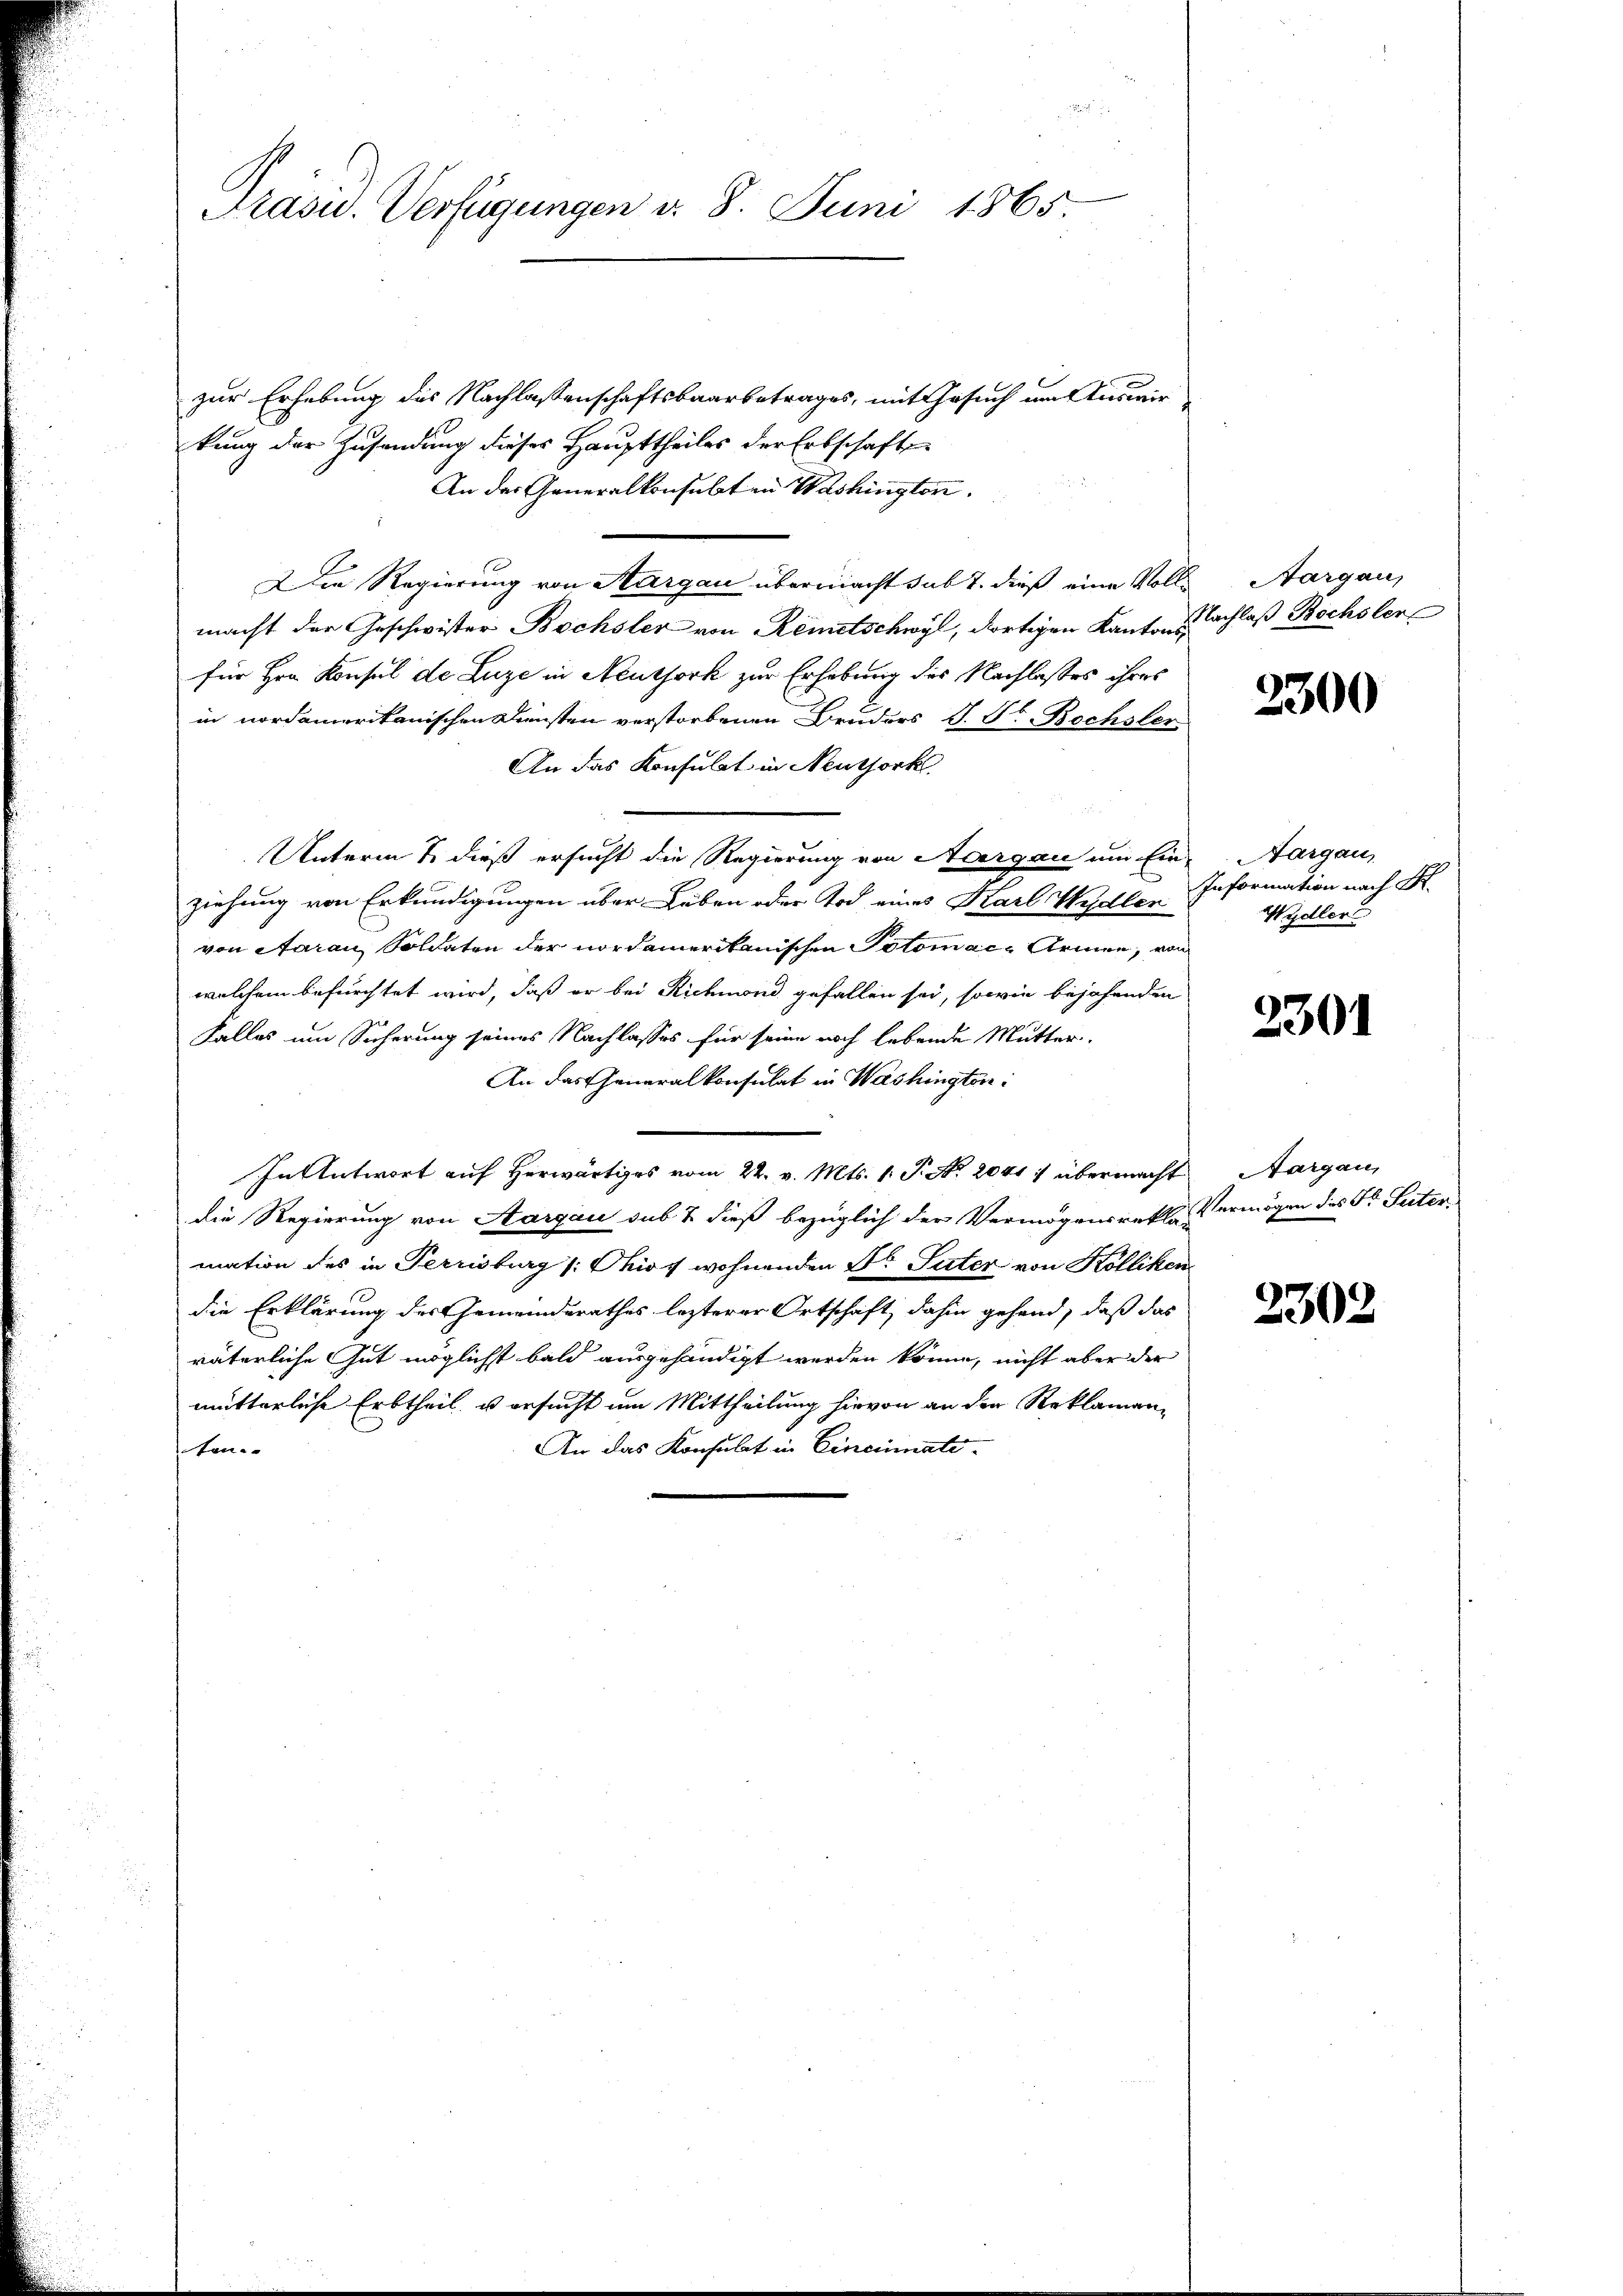
1
Präsid. Verfügungen d. 8. Juni 1865.

zur Erhebung des Nachlassenschaftsbaarbetrages, mit Gesuch um Auswir
kung der Zusendung dieses Haupttheiles der Erbschaft
An der Generalkonsulten Washingtor.
Die Regierung von Aargau übermacht sub 7. dieß eine Voll- Aargau,
macht der Geschwister Bochsler von Remetschwyl, dortigen Kantonsachlaß Bochsler
für Hrn. Konsul de Luze in Neuthork zur Erhebung des Nachlasses ihres
in nordamerikanischen Diensten verstorbenen Bruders S. St. Bochsler
An das Konsulat in Neuthork
Unterm 7. dieß ersucht die Regierung von Aargau um Ein-Aargau,
ziehung von Erkundigungen über Leben oder Tod eines Karl Wydler
von Aarau, Soldaten der nordamerikanischen Potomace Armen, von
welchem befürchtet wird, daß er bei Richmond gefallen sei, sowie bejahenden
Falles um Sicherung seines Nachlasses für seine noch lebende Mutter¬
An das Generalkonsulat in Washingten:
In Antwort auf Herwärtiges vom 22. v. Mts. v. P. Nr. 2041) übermacht
die Regierung von Aargau sub & dieß bezüglich der Vermögensrekte Vermögen des Fr. Vatermation des in Terrisburg (Thios wohnenden Dr Suter von Kölliken
die Erklärung des Gemeindesrathes lezterer Ortschaft, dahin gehend, daß das
väterliche Gut möglichst bald ausgehändigt werden könne, nicht aber der
mitterliche Erbtheil, u ersucht um Mittheilung hievon an den Reklaman¬
An das Konsulat in Cincinateten.

2300

Information nach S.
Wydler

2301

Aargau,

2302